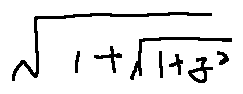
\sqrt { 1 + \sqrt { 1 + z ^ { 2 } } }